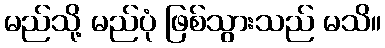
မည်သို့ မည်ပုံ ဖြစ်သွားသည် မသိ။